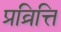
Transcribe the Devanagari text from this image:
प्रव्रित्ति